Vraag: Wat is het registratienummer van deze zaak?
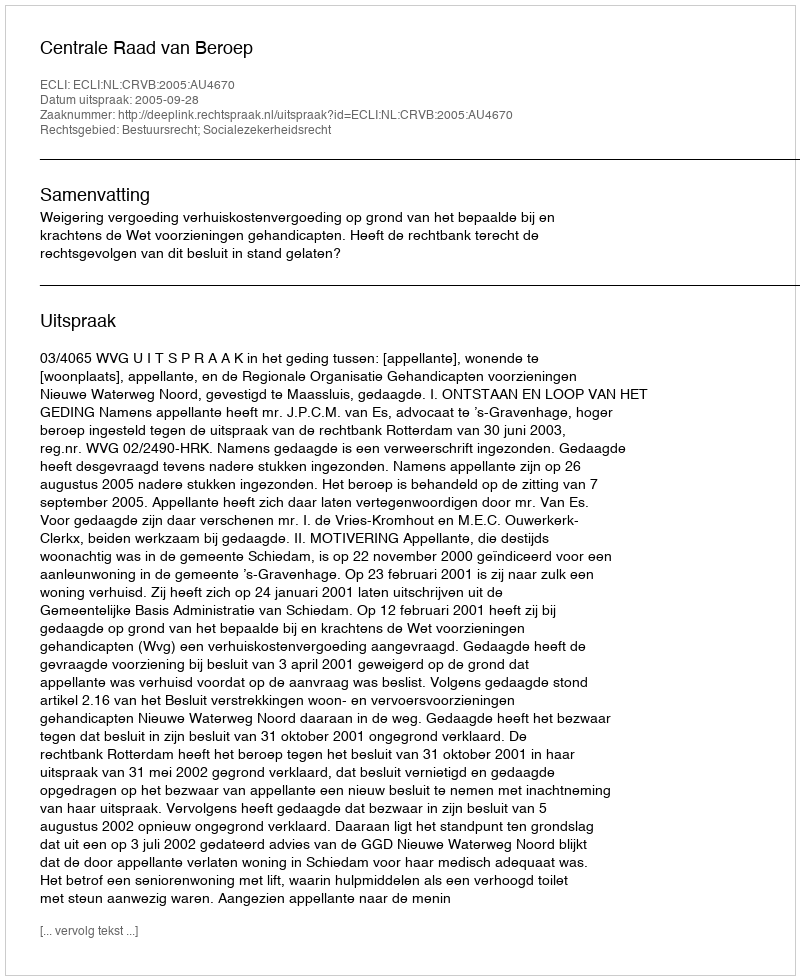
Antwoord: http://deeplink.rechtspraak.nl/uitspraak?id=ECLI:NL:CRVB:2005:AU4670